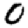
Digit: 0